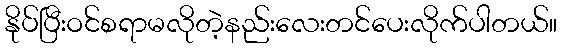
နိုပ်ပြီးဝင်စရာမလိုတဲ့နည်းလေးတင်ပေးလိုက်ပါတယ်။